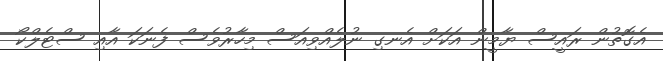
އެގޮތުން ރައީސް ޔާމީން އަކަށް އެނގި ނުލެއްވިއަސް މިހާރުވެސް ފެނަކަ އާއި ސްޓެލްކޯ